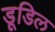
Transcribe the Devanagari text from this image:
डूडिल